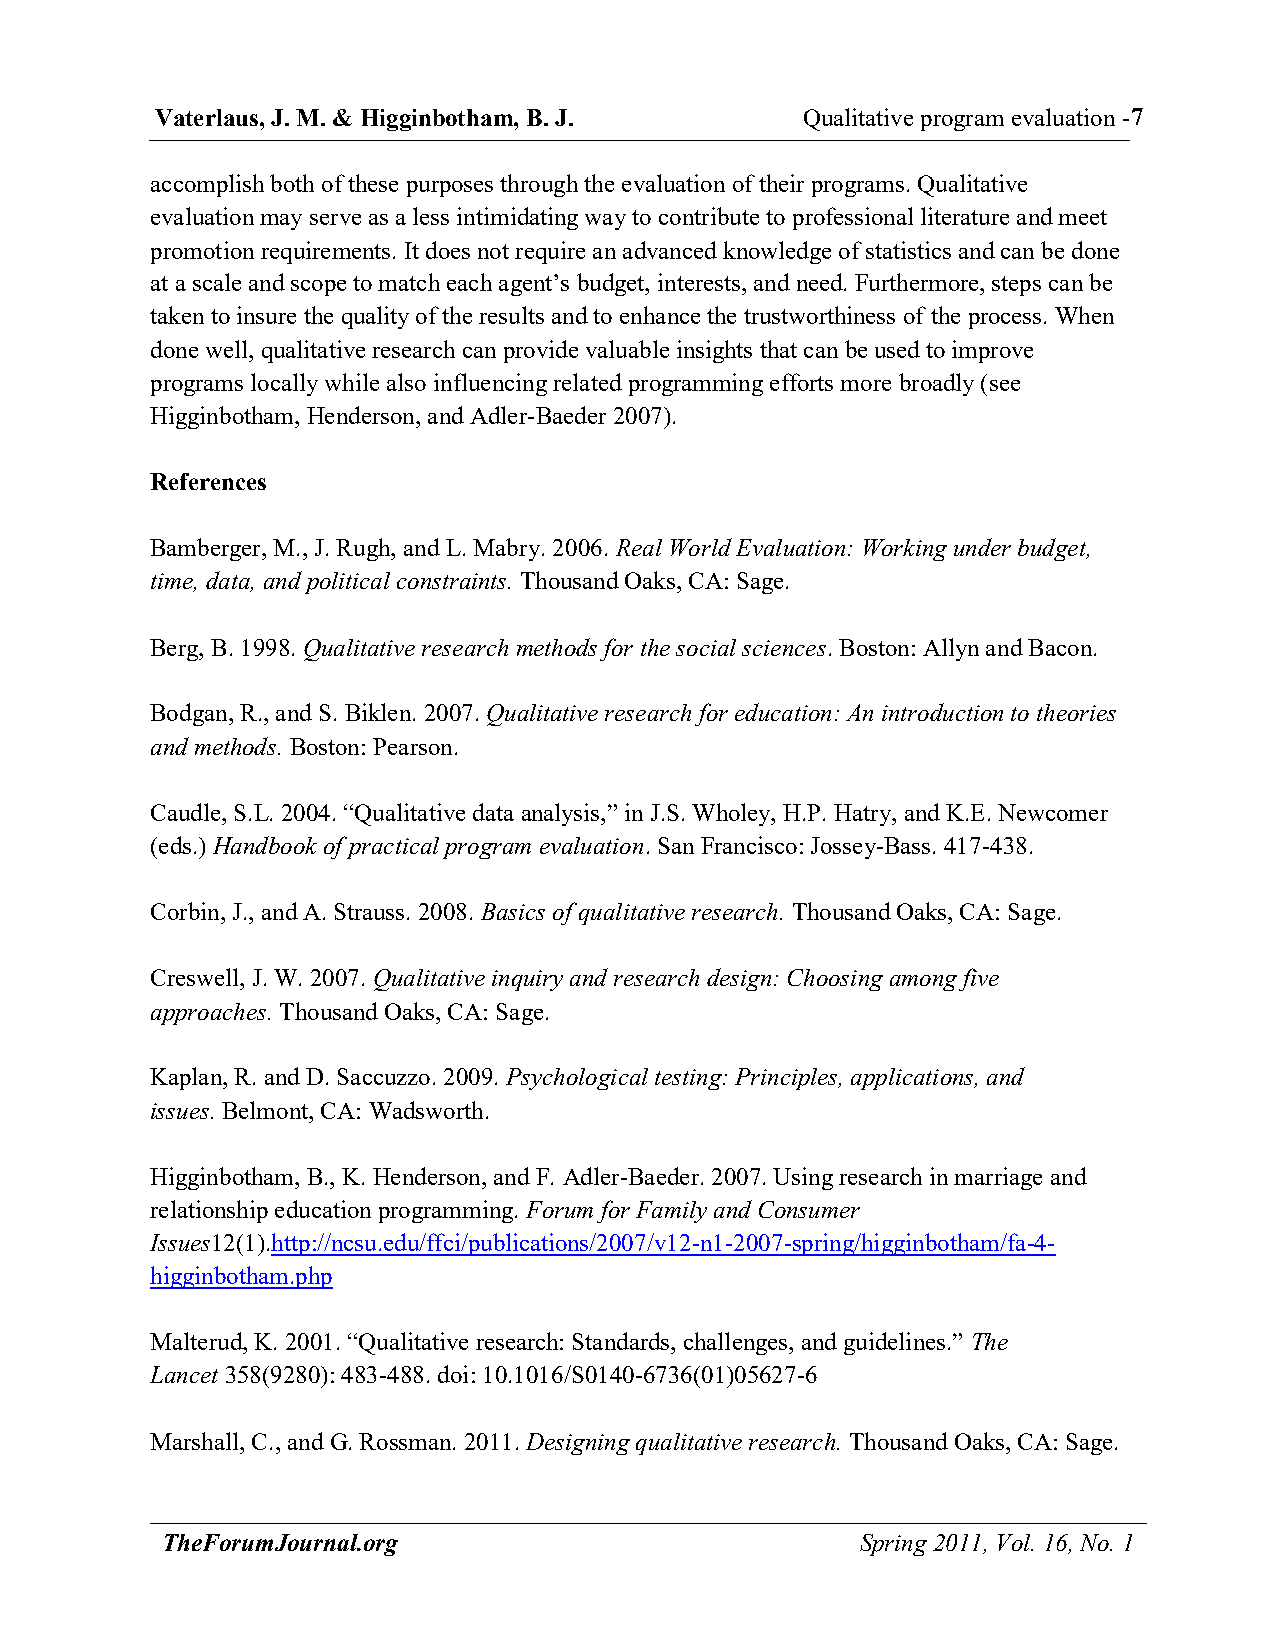
Vaterlaus, J. M. & Higginbotham, B. J.     Qualitative program evaluation - 7
 accomplish both of these purposes through the evaluation of their programs. Qualitative
 evaluation may serve as a less intimidating way to contribute to professional literature and meet
 promotion requirements. It does not require an advanced knowledge of statistics and can be done
 at a scale and scope to match each agent’s budget, interests, and need. Furthermore, steps can be
 taken to insure the quality of the results and to enhance the trustworthiness of the process. When
 done well, qualitative research can provide valuable insights that can be used to improve
 programs locally while also influencing related programming efforts more broadly (see
 Higginbotham, Henderson, and Adler-Baeder 2007).
 References
 Bamberger, M., J. Rugh, and L. Mabry. 2006. Real World Evaluation: Working under budget,
 time, data, and political constraints. Thousand Oaks, CA: Sage.
 Berg, B. 1998. Qualitative research methods for the social sciences. Boston: Allyn and Bacon.
 Bodgan, R., and S. Biklen. 2007. Qualitative research for education: An introduction to theories
 and methods. Boston: Pearson.
 Caudle, S.L. 2004. “Qualitative data analysis,” in J.S. Wholey, H.P. Hatry, and K.E. Newcomer
 (eds.) Handbook of practical program evaluation. San Francisco: Jossey-Bass. 417-438.
 Corbin, J., and A. Strauss. 2008. Basics of qualitative research. Thousand Oaks, CA: Sage.
 Creswell, J. W. 2007. Qualitative inquiry and research design: Choosing among five
 approaches. Thousand Oaks, CA: Sage.
 Kaplan, R. and D. Saccuzzo. 2009. Psychological testing: Principles, applications, and
 issues. Belmont, CA: Wadsworth.
 Higginbotham, B., K. Henderson, and F. Adler-Baeder. 2007. Using research in marriage and
 relationship education programming. Forum for Family and Consumer
 Issues12(1).http://ncsu.edu/ffci/publications/2007/v12-n1-2007-spring/higginbotham/fa-4-
 higginbotham.php
 Malterud, K. 2001. “Qualitative research: Standards, challenges, and guidelines.” The
 Lancet 358(9280): 483-488. doi: 10.1016/S0140-6736(01)05627-6
 Marshall, C., and G. Rossman. 2011. Designing qualitative research. Thousand Oaks, CA: Sage.
 TheForumJournal.org                           Spring 2011, Vol. 16, No. 1